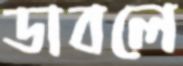
ডাবলে